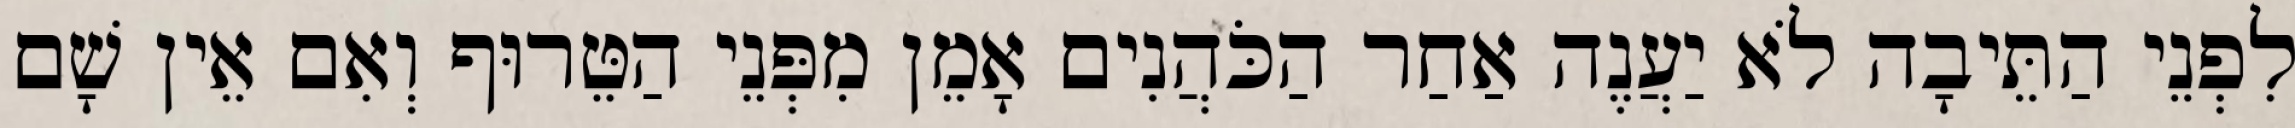
לִפְנֵי הַתֵּיבָה לֹא יַעֲנֶה אַחַר הַכֹּהֲנִים אָמֵן מִפְּנֵי הַטֵּרוּף וְאִם אֵין שָׁם